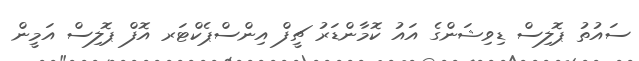
ސައުތު ޕޮލިސް ޑިވިޝަންގެ އައު ކޮމާންޑަރު ޗީފް އިންސްޕެކްޓަރ އޮފް ޕޮލިސް އަމީން